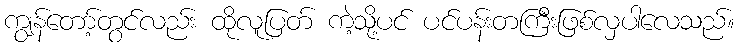
ကျွန်တော့်တွင်လည်း ထိုလူပြတ် ကဲ့သို့ပင် ပင်ပန်းတကြီးဖြစ်လှပါလေသည်။